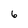
Character: 6